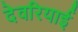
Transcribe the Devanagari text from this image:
देवरियाई